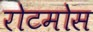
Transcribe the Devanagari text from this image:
रोटमोस